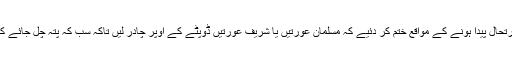
اس آیت میں ایسی کسی بھی صورتحال پیدا ہونے کے مواقع ختم کر دئیے کہ مسلمان عورتیں یا شریف عورتیں ڈوپٹے کے اوپر چادر لیں تاکہ سب کہ پتہ چل جائے کہ مسلمان اور شریف عورت ہے۔